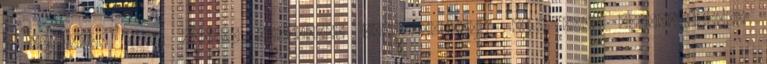
. Főszerk. Fitz Péter. Budapest: Enciklopédia. 2001. ISBN 963-8477-46-6